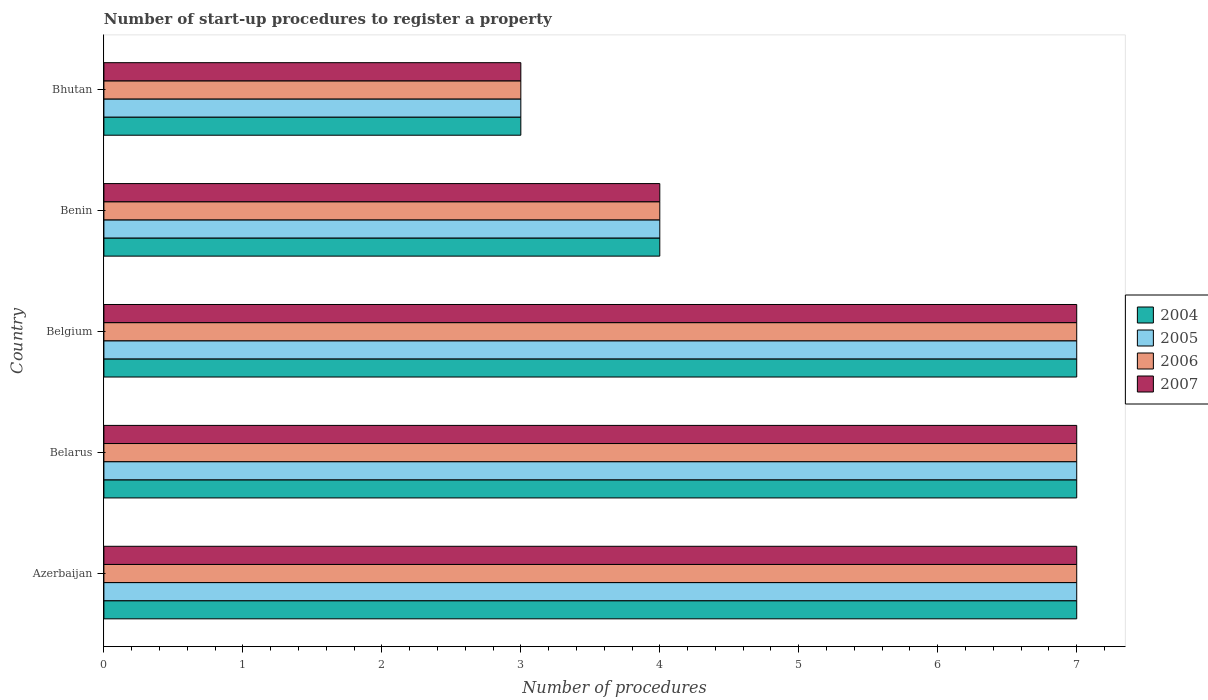
| Country | 2004 | 2005 | 2006 | 2007 |
 | --- | --- | --- | --- | --- |
 | Azerbaijan | 7 | 7 | 7 | 7 |
 | Belarus | 7 | 7 | 7 | 7 |
 | Belgium | 7 | 7 | 7 | 7 |
 | Benin | 4 | 4 | 4 | 4 |
 | Bhutan | 3 | 3 | 3 | 3 |